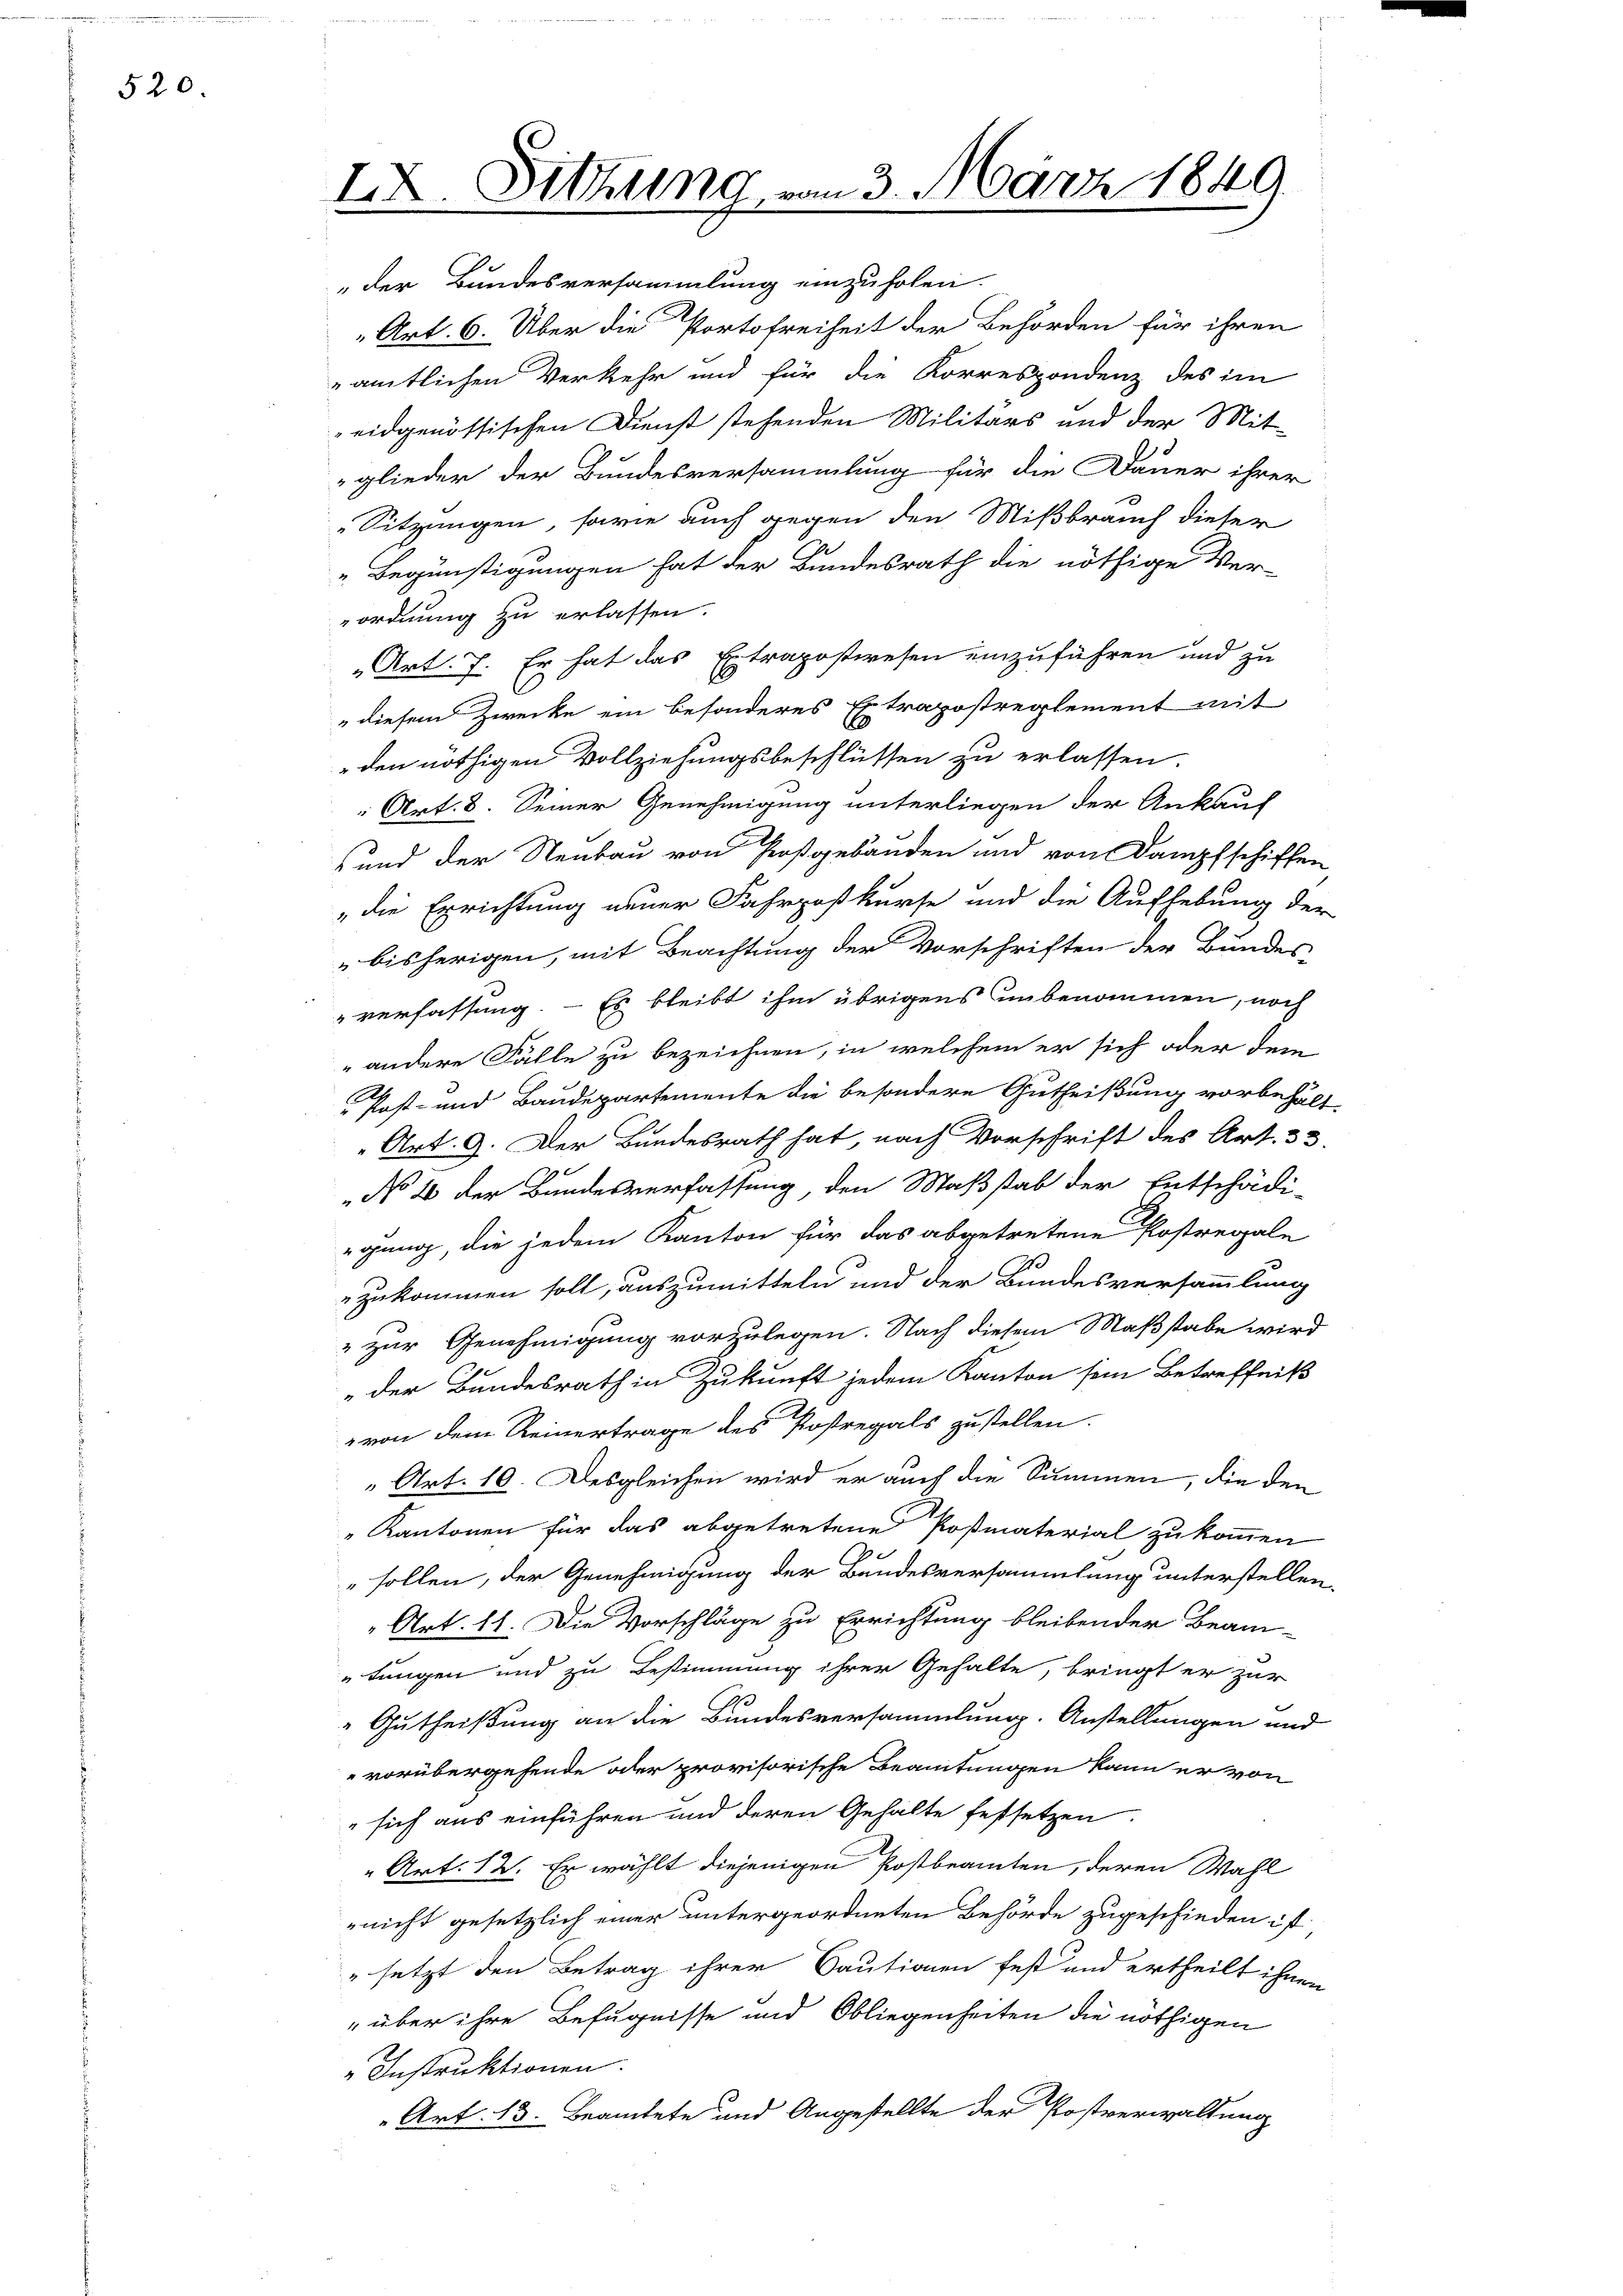
520.

IX. Sitzung vom 3. März 1840

Art. 6. Über die Portofreiheit der Behörden für ihren
amtlichen Verkehr und für die Korrespondenz des im
eidgenössischen Dienst stehenden Militärs und der Mit-
glieder der Bundesversammlung für die Dauer ihrer
Sitzungen, sowie auch gegen den Mißbrauch dieser
„Begünstigungen hat der Bundesrath die nöthige Ver-
ordnung zu erlassen.
„Art. 7. Er hat das Extrapostwesen einzuführen und zu
diesem Zwecke ein besonderes Extrapostreglement mit
den nöthigen Vollziehungsbeschlüssen zu erlassen.
Art. 8. Seiner Genehmigung unterliegen der Ankauf
und der Neubau von Großgebäuden und von Dampfschiffen
„die Errichtung neuer Fahrpostkurse und die Aufhebung der
bisherigen, mit Beachtung der Vorschriften der Bundes-
verfassung. - Es bleibt ihm übrigens unbenommen, noch
" andere Fälle zu bezeichnen, in welchem er sich oder dem
Post- und Baudepartemente die besondere Gutheißung vorbehält-
Art. 9. Der Bundesrath hat, nach Vorschrift des Art. 33.
No 2 der Bundesverfassung, den Maßstab der Entschädi-
gang, die jedem Kanton für das abgetretene Postregale
zukommen soll, auszumitteln und der Bundesversammlung
 zur Genehmigung vorzulegen. Nach diesem Maßstabe wird
„der Bundesrath in Zukunft jedem Kanton sein Betreffniß
von dem Reinertrage des Postregals zustellen.
„Art. 10. Desgleichen wird er auch die Summen, die den
„Kantonen für das abgetretene Postmaterial zu kommen
sollen, der Genehmigung der Bundesversammlung unterstellen.
Art. 11. Die Vorschläge zu Errichtung bleibender Beam-
tungen und zu Bestimmung ihrer Gehalte, bringt er zur
Gutheißung an die Bundesversammlung. Anstellungen und
vorübergehende oder provisorische Beamtungen kann er von
sich aus einführen und deren Gehalte festsetzen.
„Art. 12. Er wählt diejenigen Postbeamten, deren Wahl
nicht gesetzlich einer untergeordneten Behörde zugeschieden ist
" setzt den Betrag ihrer Cautionen fest und ertheilt ihnen
„über ihre Befugnisse und Obliegenheiten die nöthigen
Instruktionen.
Art. 13. Beamtete und Angestellte der Postverwaltung

„der Bundesversammlung einzuholen.